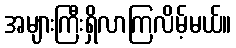
အများကြီးရှိလာကြလိမ့်မယ်။